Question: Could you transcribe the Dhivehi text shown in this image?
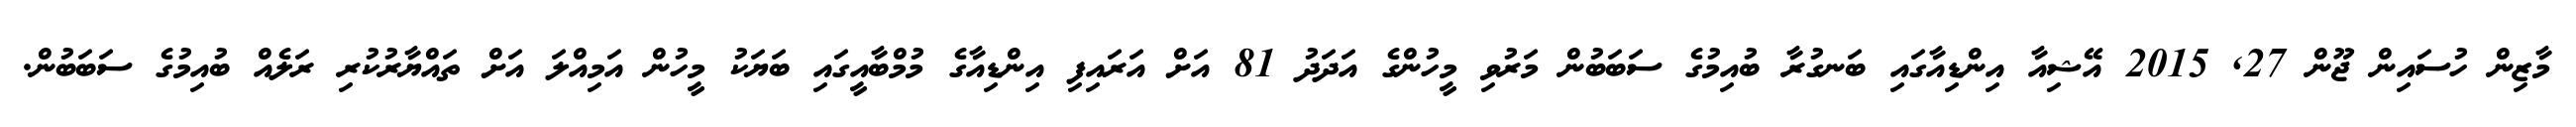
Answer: މާޒިން ހުސައިން ޖޫން 27, 2015 އޭޝިއާ އިންޑިއާގައި ބަނގުރާ ބުއިމުގެ ސަބަބުން މަރުވި މީހުންގެ އަދަދު 81 އަށް އަރައިފި އިންޑިއާގެ މުމްބާއީގައި ބަޔަކު މީހުން އަމިއްލަ އަށް ތައްޔާރުކުރި ރަލެއް ބުއިމުގެ ސަބަބުން.